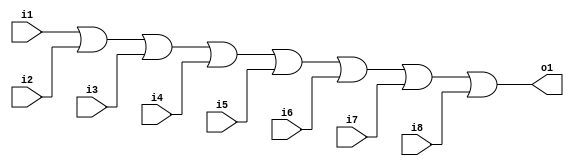
/***********************
*
* Jong-gyu Park
* pjk5401@gmail.com
* 2016/09/02
*
***********************/

module PNU_OR8(i1, i2, i3, i4, i5, i6, i7, i8, o1);
    input i1, i2, i3, i4, i5, i6, i7, i8;
    output o1;
    assign o1 = i1 | i2 | i3 | i4 | i5 | i6 | i7 | i8;
endmodule